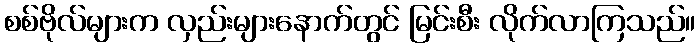
စစ်ဗိုလ်များက လှည်းများနောက်တွင် မြင်းစီး လိုက်လာကြသည်။